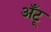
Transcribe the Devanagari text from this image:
अँटू